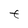
Character: t